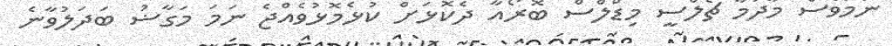
ނަމަވެސް މާދަމާ ޗެލްސީ މިޑްލްސް ބޮރޯއާ ދެކޮޅަށް ކުޅެމޮޅުވެއްޖެ ނަމަ މަގާޟު ބަދަލުވާނެ